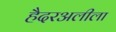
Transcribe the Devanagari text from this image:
हैदरअलीला